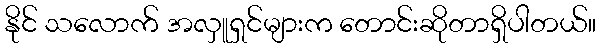
နိုင် သလောက် အလှူရှင်များက တောင်းဆိုတာရှိပါတယ်။